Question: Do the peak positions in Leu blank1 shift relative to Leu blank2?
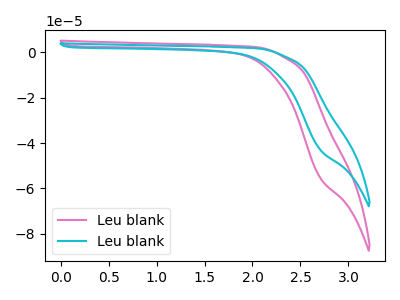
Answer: <think>The pink curve "Leu blank1" has no peaks. The cyan curve "Leu blank2" has no peaks.
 Neither "Leu blank1" or "Leu blank2" have any peaks.</think>
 <answer>No, "Leu blank1" and "Leu blank2" don't appear to be significantly different in shape</answer>
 <eval>no_change</eval>